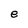
Character: e